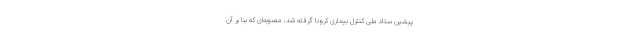
پیشین ستاد ملی کنترل بیماری کرونا گرفته شد، مصوبه‌ای که بنا بر آن